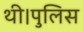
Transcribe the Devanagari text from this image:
थी।पुलिस